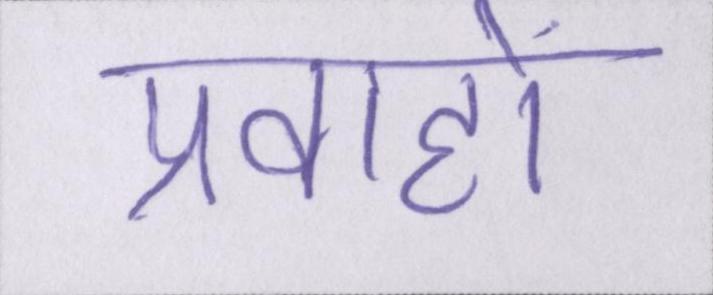
प्रवाहों